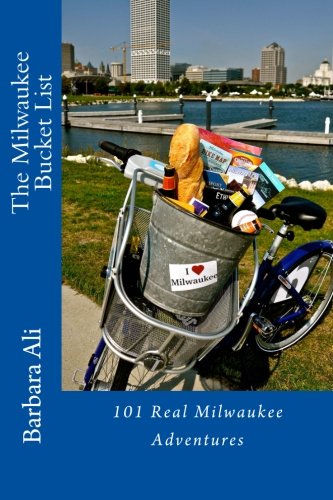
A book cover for The Milwaukee Bucket List: 101 Real Milwaukee Adventures; Barbara Ali; Travel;